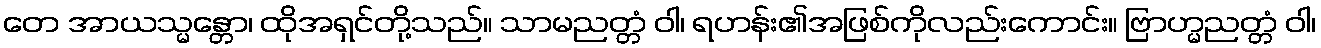
တေ အာယသ္မန္တော၊ ထိုအရှင်တို့သည်။ သာမညတ္တံ ဝါ၊ ရဟန်း၏အဖြစ်ကိုလည်းကောင်း။ ဗြာဟ္မညတ္တံ ဝါ၊